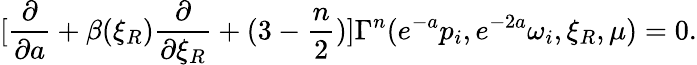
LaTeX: [{\frac{\partial}{\partial a}}+\beta(\xi_{R}){\frac{\partial}{\partial\xi_{R}}}+(3-{\frac{n}{2}})]\Gamma^{n}(e^{-a}p_{i},e^{-2a}\omega_{i},\xi_{R},\mu)=0.